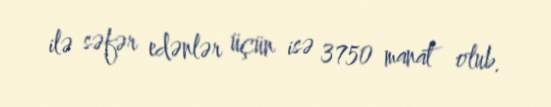
ilə səfər edənlər üçün isə 3750 manat olub.